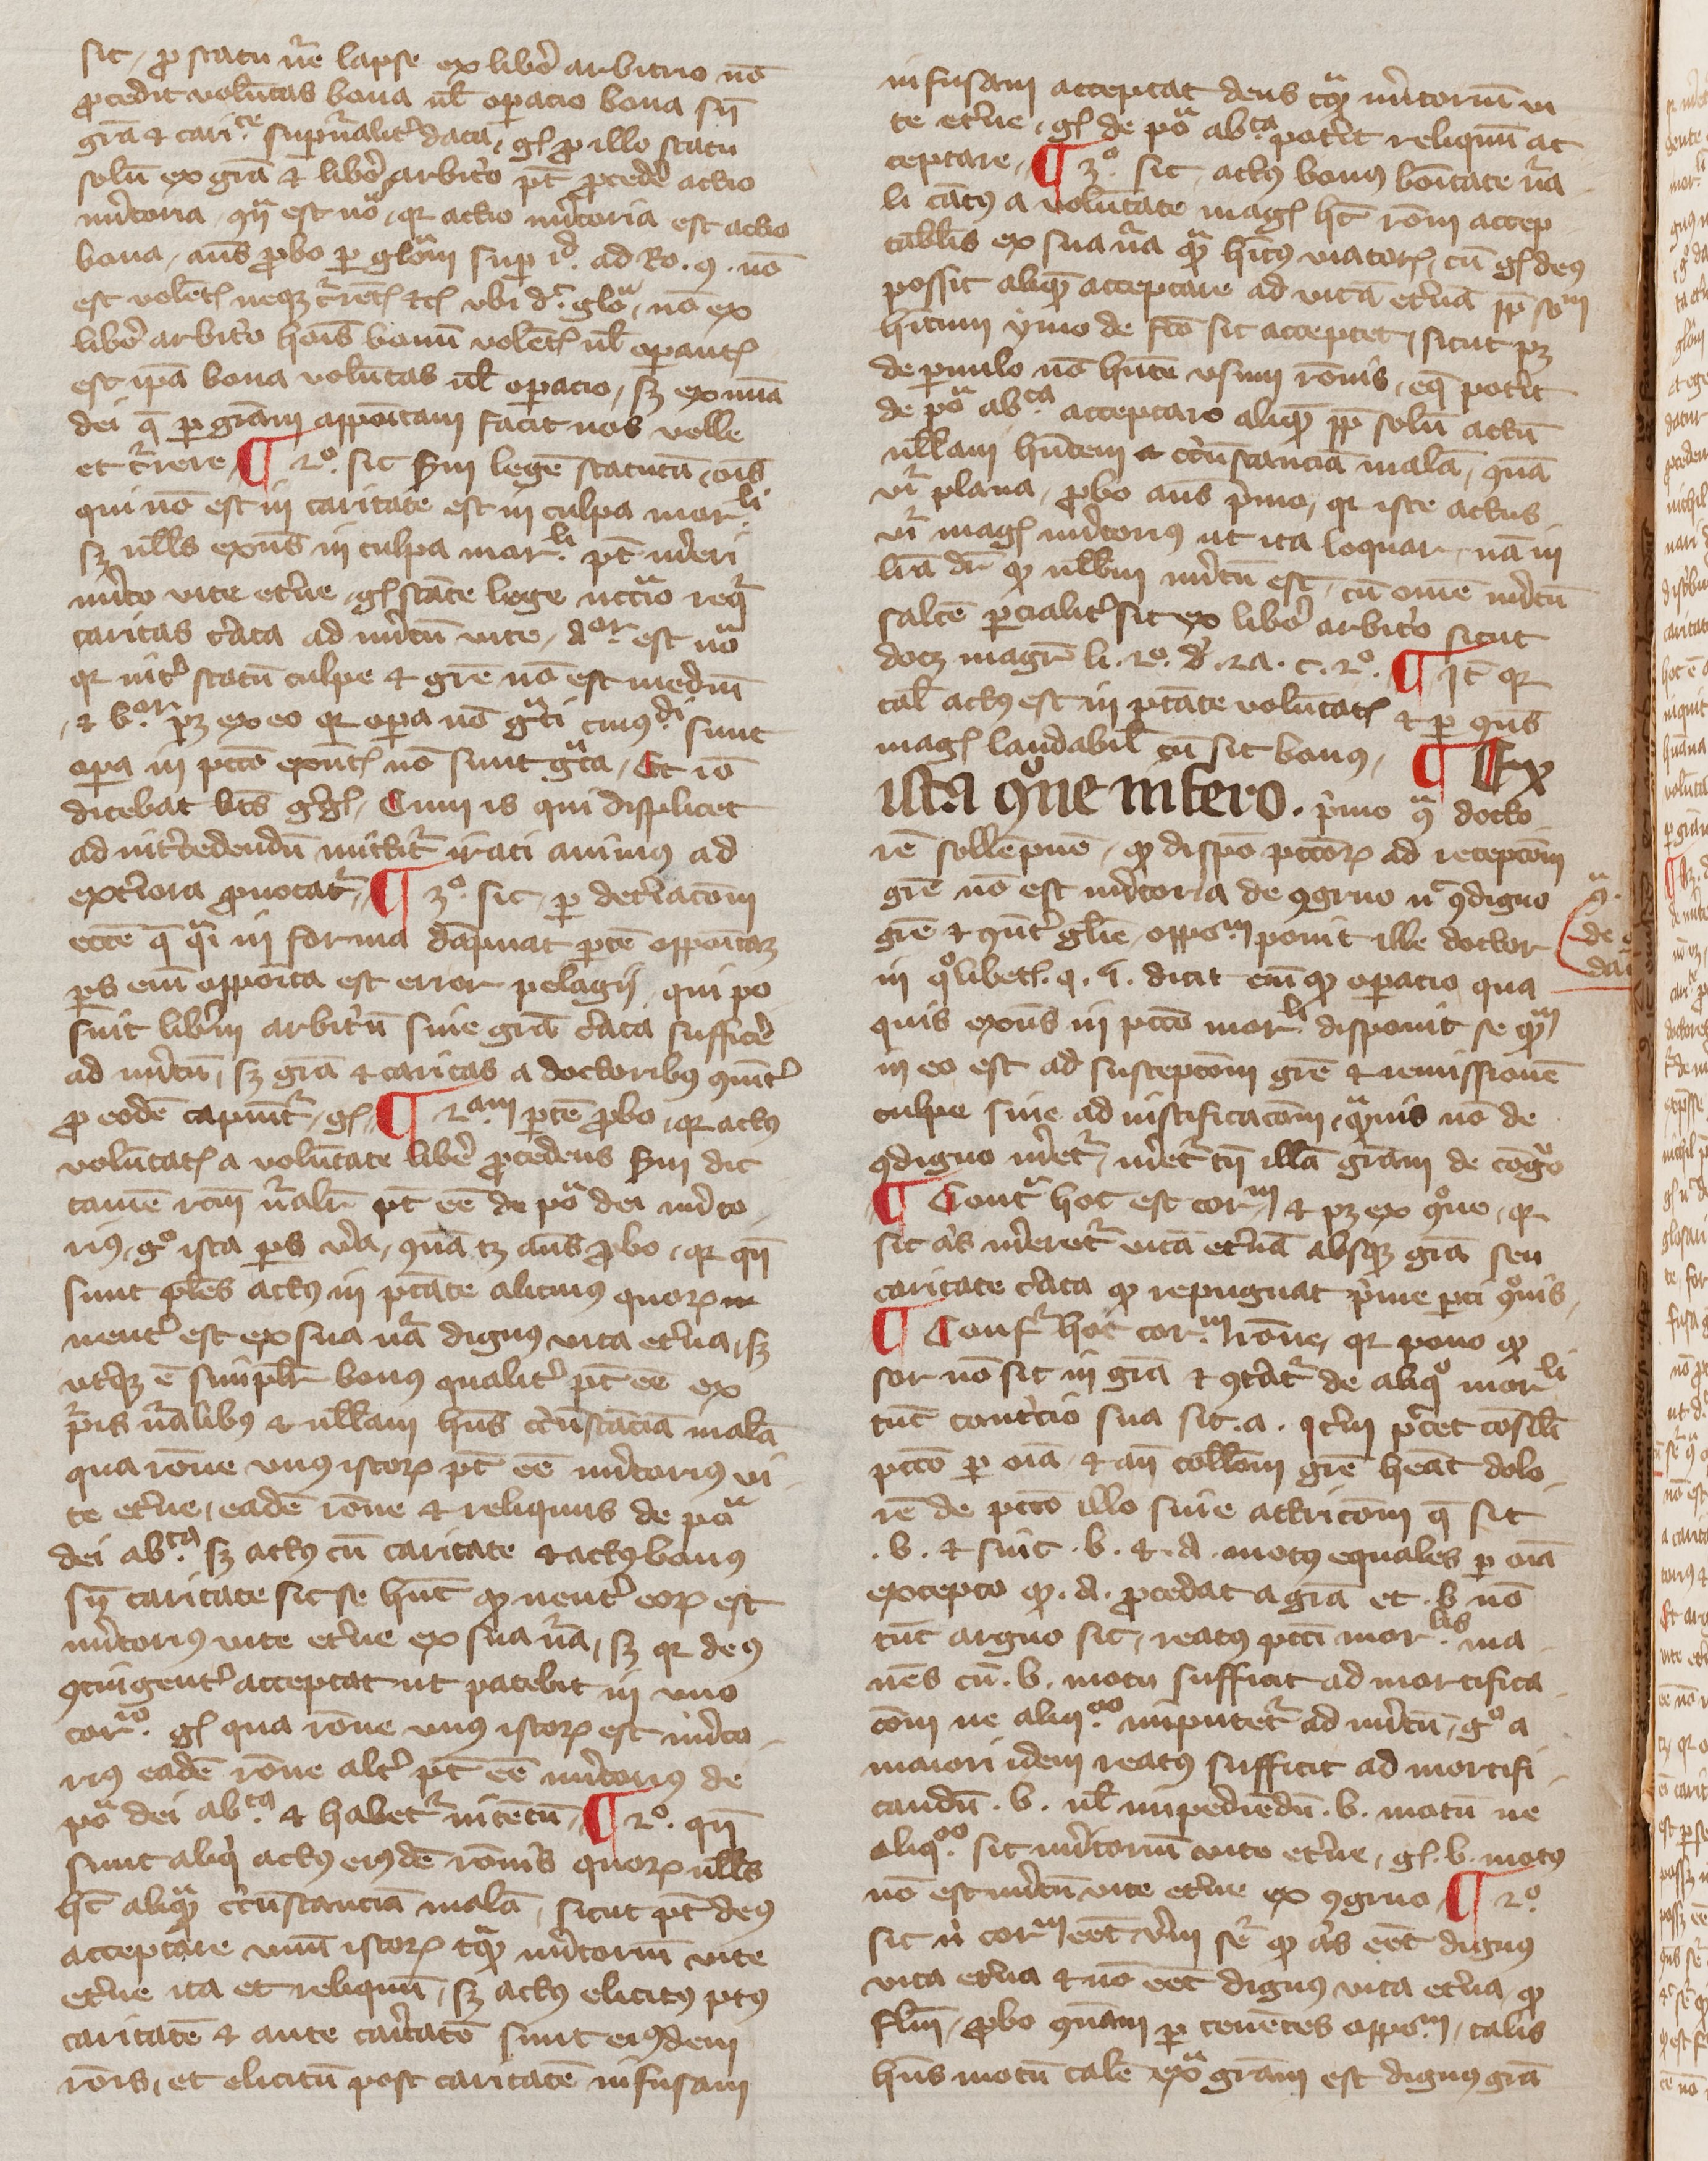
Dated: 1350–1399